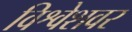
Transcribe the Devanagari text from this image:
विश्वेशवर